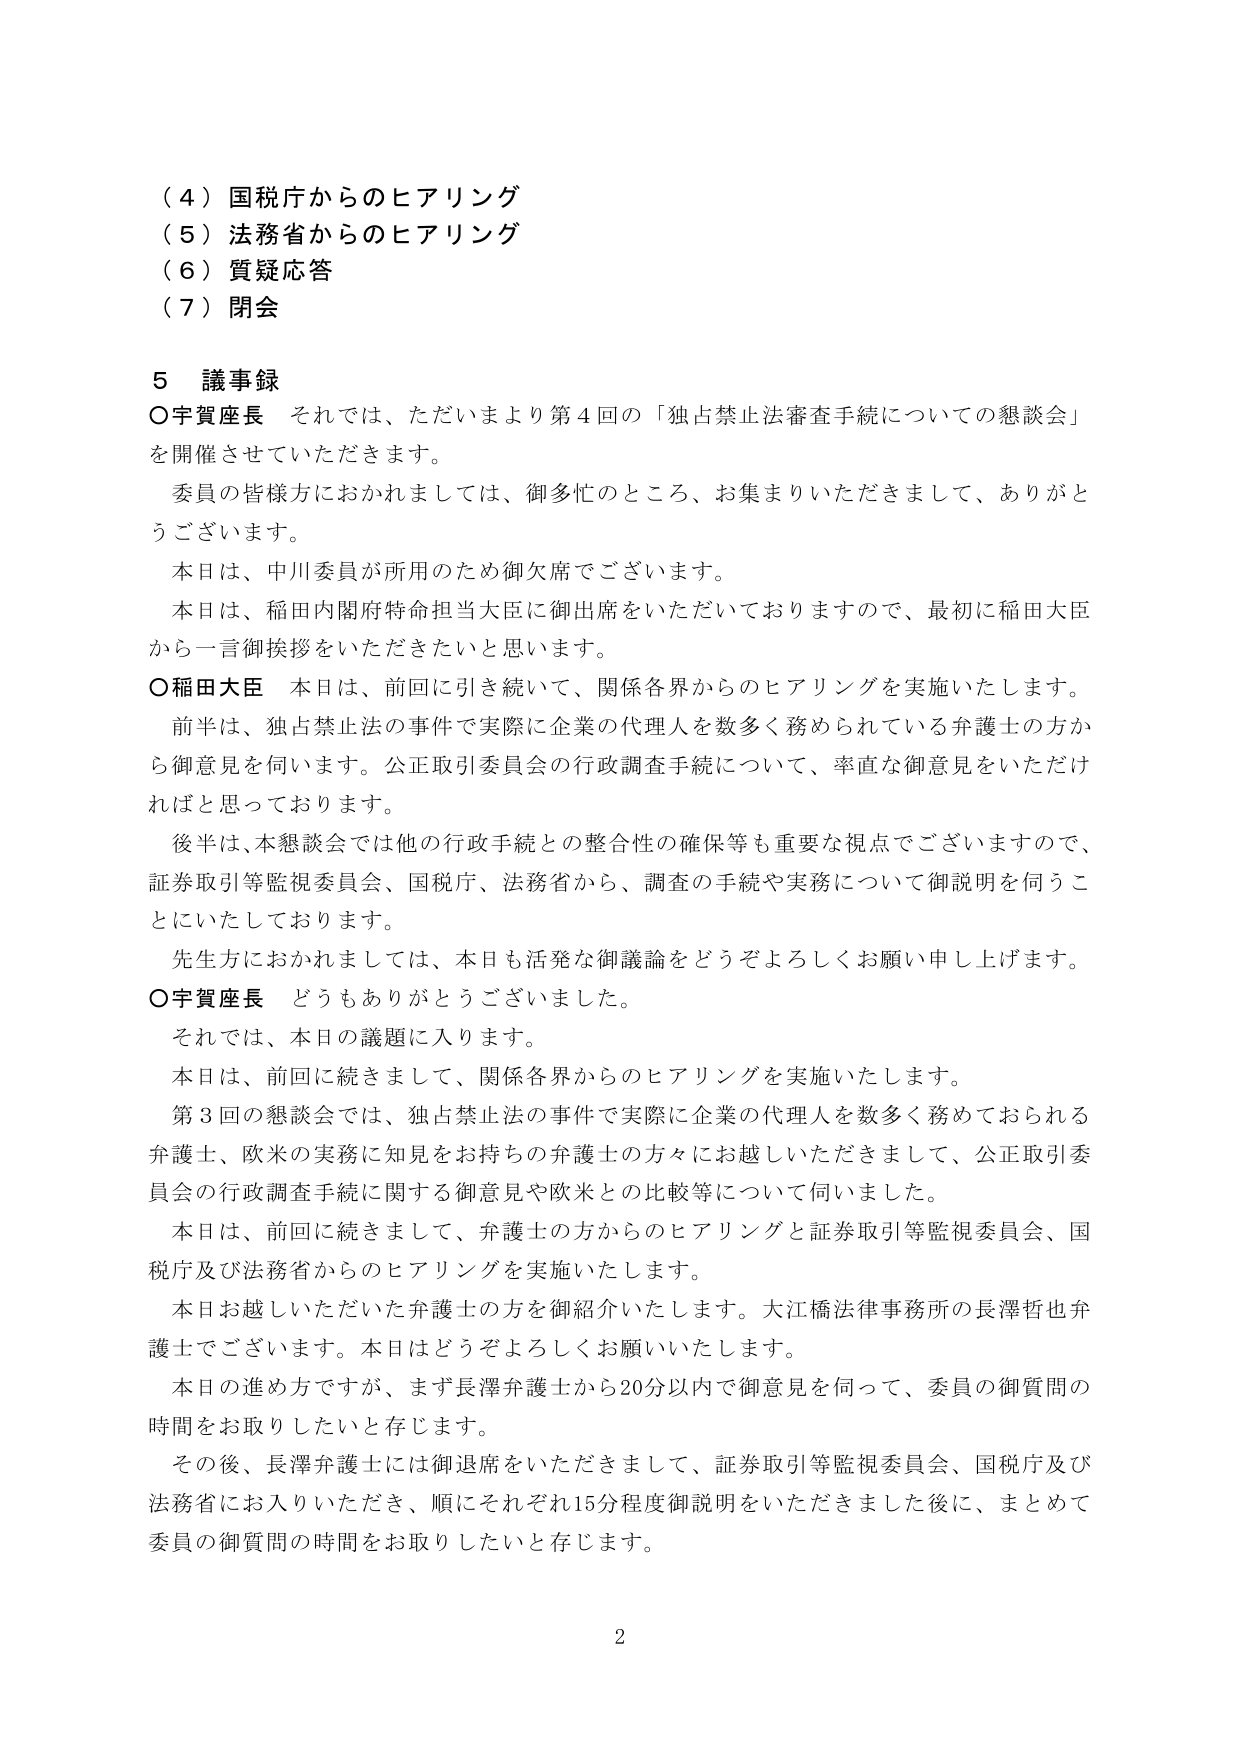
（４）国税庁からのヒアリング
（５）法務省からのヒアリング
（６）質疑応答
（７）閉会

５ 議事録
○宇賀座長 それでは、ただいまより第４回の「独占禁止法審査手続についての懇談会」を開催させていただきます。
　委員の皆様方におかれましては、御多忙のところ、お集まりいただきまして、ありがとうございます。
　本日は、中川委員が所用のため御欠席でございます。
　本日は、稲田内閣府特命担当大臣に御出席をいただいておりますので、最初に稲田大臣から一言御挨拶をいただきたいと思います。
○稲田大臣 本日は、前回に引き続いて、関係各界からのヒアリングを実施いたします。
　前半は、独占禁止法の事件で実際に企業の代理人を数多く務められている弁護士の方から御意見を伺います。公正取引委員会の行政調査手続について、率直な御意見をいただければと思っております。
　後半は、本懇談会では他の行政手続との整合性の確保等も重要な視点でございますので、証券取引等監視委員会、国税庁、法務省から、調査の手続や実務について御説明を伺うことにしております。
　先生方におかれましては、本日も活発な御議論をどうぞよろしくお願い申し上げます。
○宇賀座長 どうもありがとうございました。
　それでは、本日の議題に入ります。
　本日は、前回に続きまして、関係各界からのヒアリングを実施いたします。
　第３回の懇談会では、独占禁止法の事件で実際に企業の代理人を数多く務めておられる弁護士、欧米の実務に知見をお持ちの弁護士の方々にお越しいただきまして、公正取引委員会の行政調査手続に関する御意見や欧米との比較等について伺いました。
　本日は、前回に続きまして、弁護士の方からのヒアリングと証券取引等監視委員会、国税庁及び法務省からのヒアリングを実施いたします。
　本日お越しいただいた弁護士の方を御紹介いたします。大江橋法律事務所の長澤哲也弁護士でございます。本日はどうぞよろしくお願いいたします。
　本日の進め方ですが、まず長澤弁護士から20分以内で御意見を伺って、委員の御質問の時間をお取りしたいと存じます。
　その後、長澤弁護士には御退席をいただきまして、証券取引等監視委員会、国税庁及び法務省にお入りいただき、順にそれぞれ15分程度御説明をいただきました後に、まとめて委員の御質問の時間をお取りしたいと存じます。

2